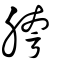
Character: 胯